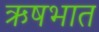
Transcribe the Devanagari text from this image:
ऋषभात